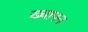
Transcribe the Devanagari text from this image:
ख्यापन